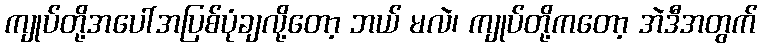
ကျုပ်တို့အပေါ်အပြစ်ပုံချလို့တော့ ဘယ် မလဲ၊ ကျုပ်တို့ကတော့ အဲဒီအတွက်